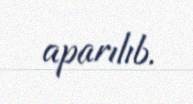
aparılıb.